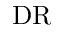
\mathrm { D R }